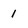
Character: 1